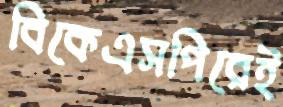
বিকেএসপিরেই